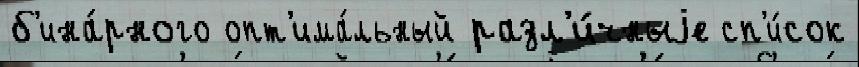
б'ина́рного опт'има́льный разл'и́чныjе сп'и́сок